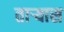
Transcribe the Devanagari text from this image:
ताऱ्यास